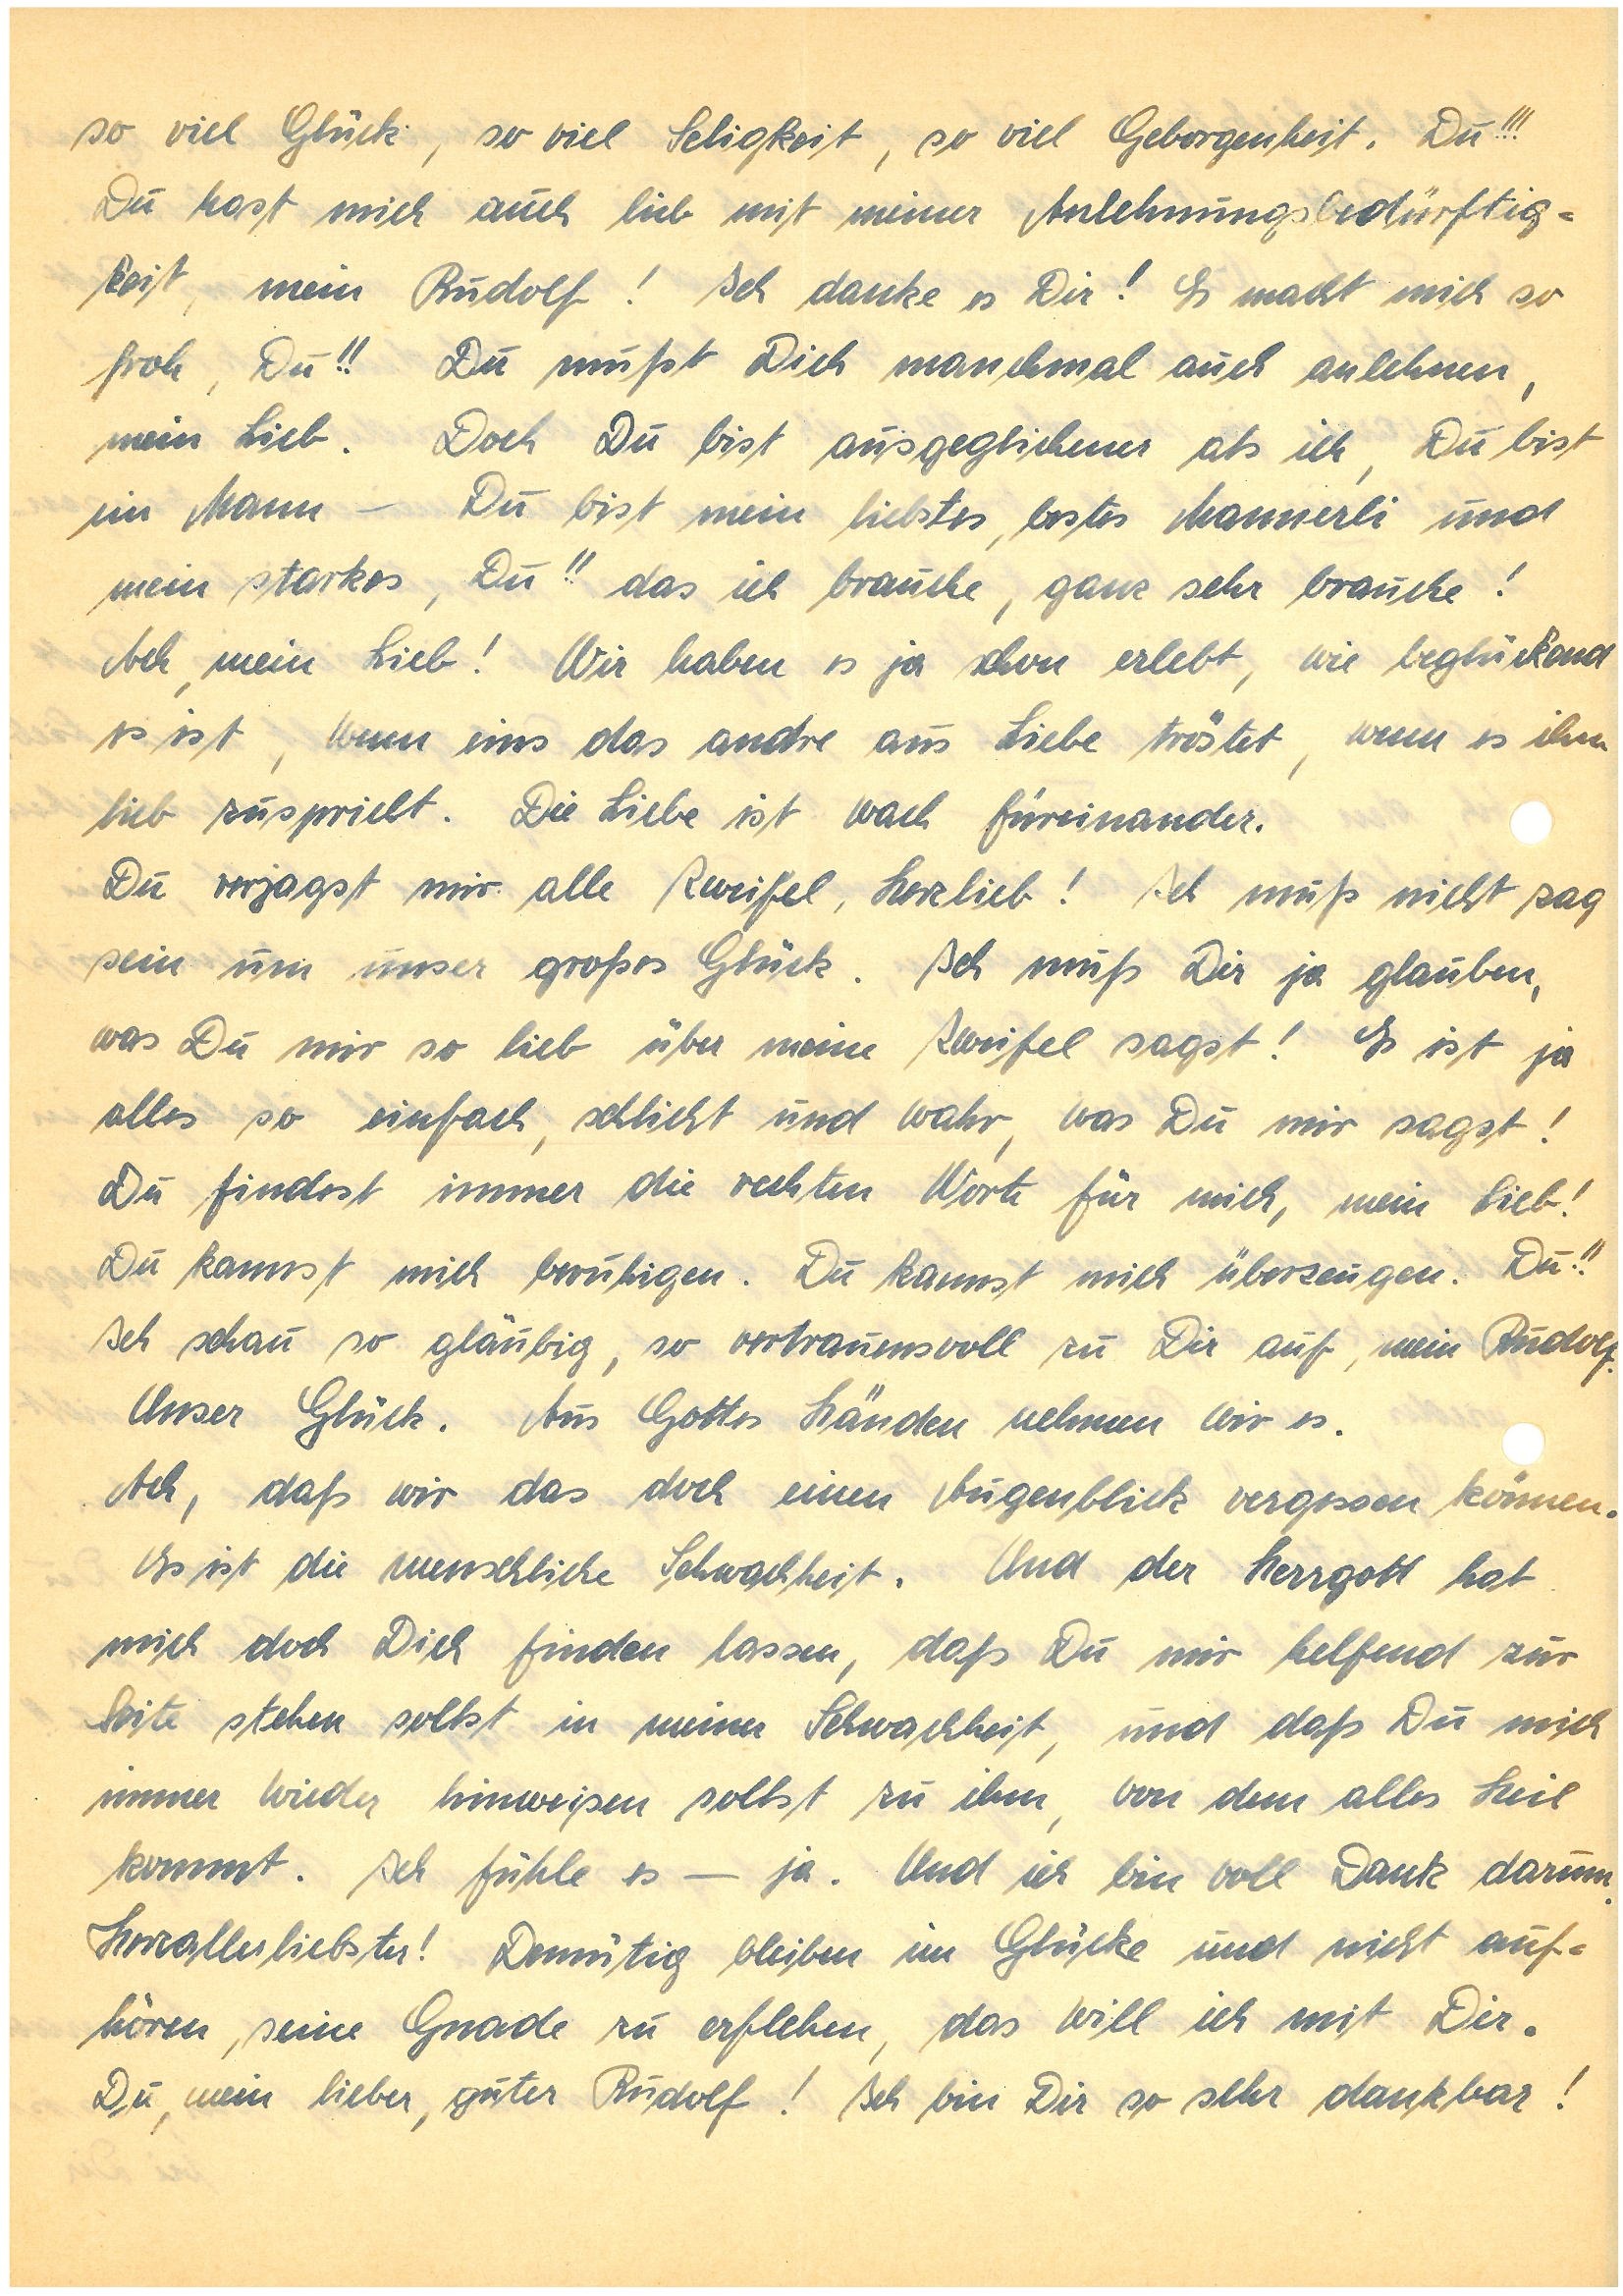
so viel Glück, so viel Seligkeit, so viel Geborgenheit. Du!!!
Du hast mich auch lieb mit meiner Anlehnungsbedürftig¬
keit, mein ! Ich danke es Dir! Es macht mich so
froh, Du!! Du mußt Dich manchmal auch anlehnen,
mein Lieb. Doch Du bist ausgeglichener als ich, Du bist
ein Mann – Du bist mein liebstes, bestes Mannerli und
mein starkes, Du!! das ich brauche, ganz sehr brauche!
Ach, mein Lieb! Wir haben es ja schon erlebt, wie beglückend
es ist, wenn eins das andre aus Liebe tröstet, wenn es ihm
lieb zuspricht. Die Liebe ist wach füreinander.
Du verjagst mir alle Zweifel, Herzlieb! Ich muß nicht zag
sein um unser großes Glück. Ich muß Dir ja glauben,
was Du mir so lieb über meine Zweifel sagst! Es ist ja
alles so einfach, schlicht und wahr, was Du mir sagst!
Du findest immer die rechten Worte für mich, mein Lieb!
Du kannst mich beruhigen. Du kannst mich überzeugen. Du!!
Ich schau so gläubig, so vertrauensvoll zu Dir auf, mein .
Unser Glück. Aus Gottes Händen nehmen wir es.
Ach, daß wir das doch einen Augenblick vergessen können.
Es ist die menschliche Schwachheit. Und der Herrgott hat
mich doch mich finden lassen, daß Du mir helfend zur
Seite stehen sollst in meiner Schwachheit, und daß Du mich
immer wieder hinweisen sollst zu ihm, von dem alles Heil
kommt. Ich fühle es – ja. Und ich bin voll Dank darum.
Herzallerliebster! Demütig bleiben im Glücke und nicht auf¬
hören, seine Gnade zu erflehen, das will ich mit Dir.
Du, mein lieber, guter ! Ich bin Dir so sehr dankbar!